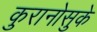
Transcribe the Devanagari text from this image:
कुरानोसुके